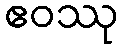
ဧဝဿု